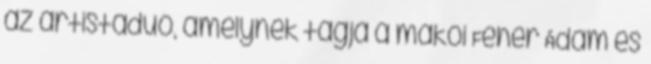
az artistaduó, amelynek tagja a makói Fehér Ádám és